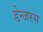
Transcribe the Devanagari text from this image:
डेन्जरस